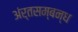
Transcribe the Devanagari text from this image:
अंर्तसम्बन्ध